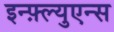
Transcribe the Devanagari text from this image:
इन्फ़्ल्युएन्स